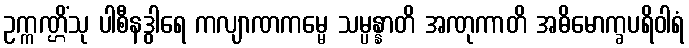
ဥက္ကဏ္ဌိံသု ပါစီနဒွါရေ ကလျာဏကမ္မေ သမ္ပန္နာတိ အဏုကာတိ အဓိမောက္ခပရိဝါရံ